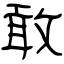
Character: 敢